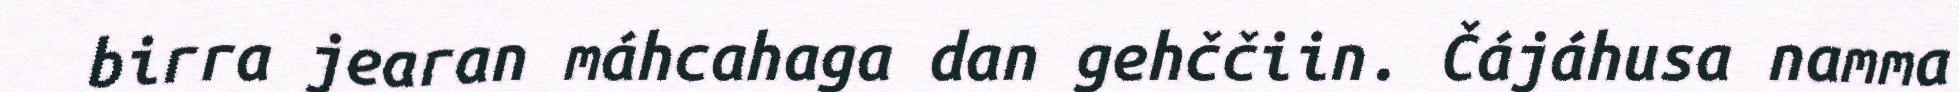
birra jearan máhcahaga dan gehččiin. Čájáhusa namma